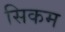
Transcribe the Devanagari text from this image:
सिकम